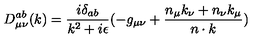
D _ { { \mu } { \nu } } ^ { a b } ( k ) = \frac { i { \delta } _ { a b } } { k ^ { 2 } + i { \epsilon } } ( - g _ { { \mu } { \nu } } + \frac { n _ { \mu } k _ { \nu } + n _ { \nu } k _ { \mu } } { n \cdot k } )